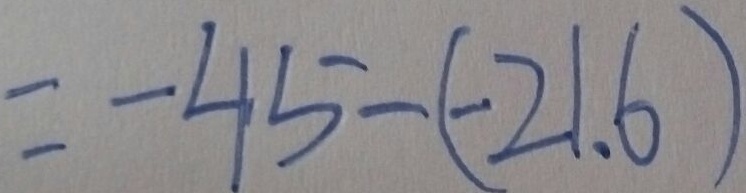
= - 4 5 - ( - 2 1 . 6 )